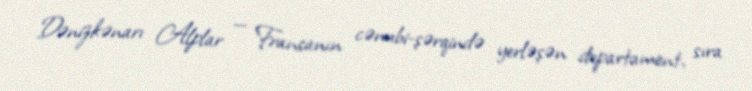
Dənizkənarı Alplar — Fransanın cənubi-şərqində yerləşən departament, sıra